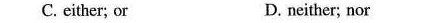
C. either; or D. neither; nor